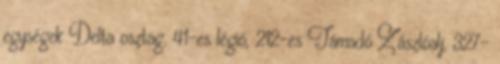
egységek Delta osztag, 41-es légió, 212-es Támadó Zászlóalj, 327-